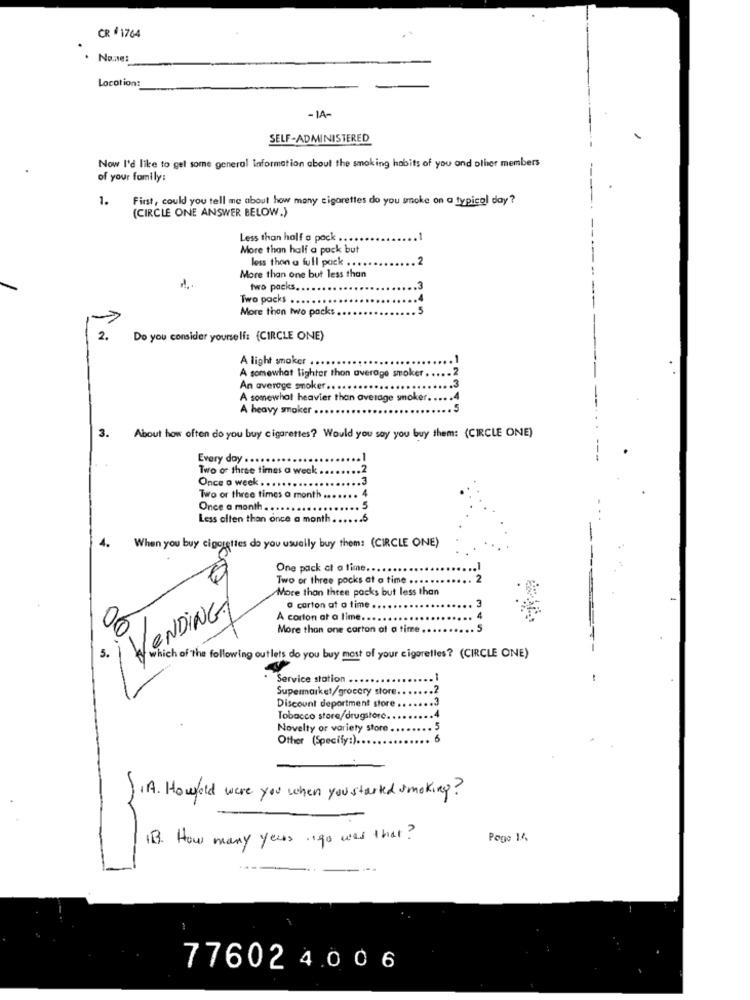
CR # 1764
None:
Location:
- IA-
SELF-ADMINISTERED
Now I'd like to get some general information about the smoking habits of you and other members
of your family:
1.
First, could you tell me about how many cigarettes do you smoke on a typical day?
(CIRCLE ONE ANSWER BELOW.)
Less than half a pack ...
More than half a pack but
less then a full pack ...
More than one but less than
two packs.
Two packs
More than two packs .
2.
Do you consider yourself: (CIRCLE ONE)
A light smoker . .
2
A somewhat lighter thon average smoker .
3
An average smoker ..
A somewhat heavier than average snoker
A heavy smoker ..
.5
3. About how often do you buy cigarettes? Would you say you buy them: (CIRCLE ONE)
Every day . ..
Two or three times a week .
Once a week ....
Two or three times a month
Once a month .
Less often than once a month
4.
When you buy cigarettes do you usually buy them: (CIRCLE ONE)
One pack at a time ..
Two or three pocks at a time ...
More than three packs but less than
¡VENDING
O carton at a time ..
A corton at a time. .
00
More than one carton of a time .
3.
Which of the following outlets do you buy most of your cigaretles? (CIRCLE ONE)
Service station .
Supermarket/grocery store.
Discount department store
Tobacco store/drugstore
Novelty or variety store
Other (Specify:) ...
J.A. Howfold were you when you started smoking?
11. How many years ago was that?
Page 14
776024006